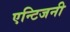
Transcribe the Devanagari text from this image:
एन्टिजनी